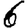
Digit: 6